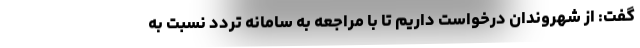
گفت: از شهروندان درخواست داریم تا با مراجعه به سامانه تردد نسبت به